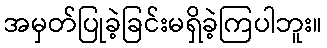
အမှတ်ပြုခဲ့ခြင်းမရှိခဲ့ကြပါဘူး။